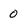
Character: 0